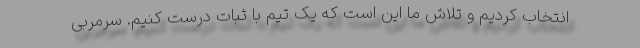
انتخاب کردیم و تلاش ما این است که یک تیم با ثبات درست کنیم. سرمربی